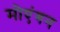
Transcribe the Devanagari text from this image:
मोएंगन